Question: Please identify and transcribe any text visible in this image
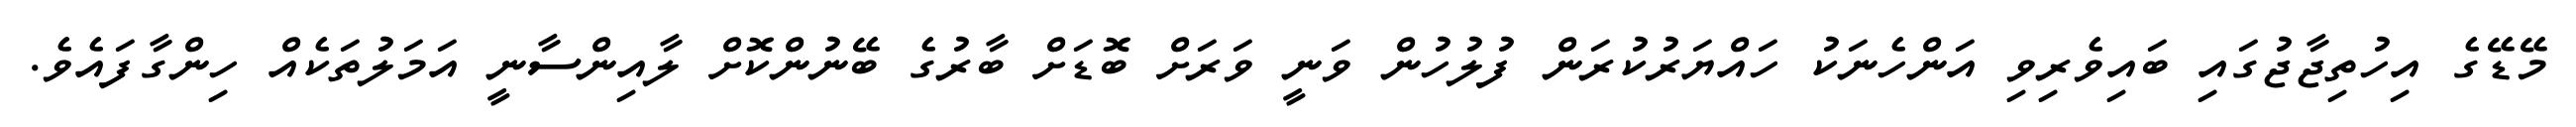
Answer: މޭޑޭގެ އިހުތިޖާޖުގައި ބައިވެރިވި އަންހެނަކު ހައްޔަރުކުރަން ފުލުހުން ވަނީ ވަރަށް ބޮޑަށް ބާރުގެ ބޭނުންކޮށް ލާއިންސާނީ އަމަލުތަކެއް ހިންގާފައެވެ.